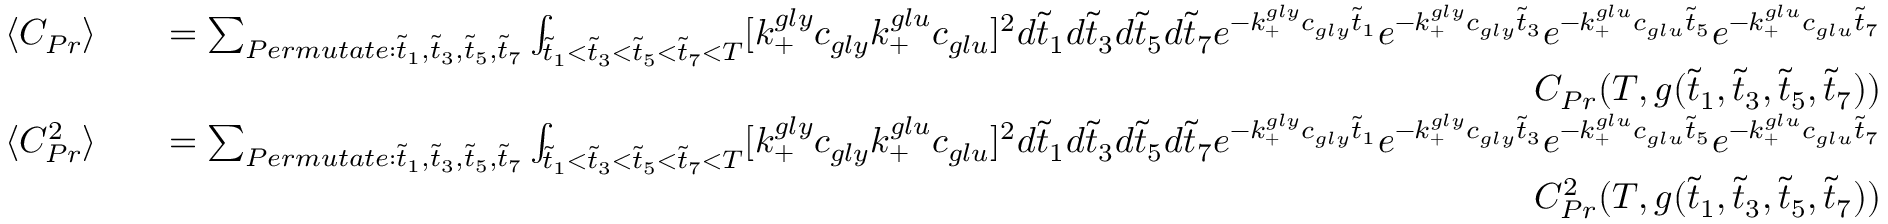
\begin{array} { r l r } { \langle C _ { P r } \rangle } & { } & { = \sum _ { P e r m u t a t e : \tilde { t } _ { 1 } , \tilde { t } _ { 3 } , \tilde { t } _ { 5 } , \tilde { t } _ { 7 } } \int _ { \tilde { t } _ { 1 } < \tilde { t } _ { 3 } < \tilde { t } _ { 5 } < \tilde { t } _ { 7 } < T } [ k _ { + } ^ { g l y } c _ { g l y } k _ { + } ^ { g l u } c _ { g l u } ] ^ { 2 } d \tilde { t } _ { 1 } d \tilde { t } _ { 3 } d \tilde { t } _ { 5 } d \tilde { t } _ { 7 } e ^ { - k _ { + } ^ { g l y } c _ { g l y } \tilde { t } _ { 1 } } e ^ { - k _ { + } ^ { g l y } c _ { g l y } \tilde { t } _ { 3 } } e ^ { - k _ { + } ^ { g l u } c _ { g l u } \tilde { t } _ { 5 } } e ^ { - k _ { + } ^ { g l u } c _ { g l u } \tilde { t } _ { 7 } } } \\ & { } & { C _ { P r } ( T , g ( \tilde { t } _ { 1 } , \tilde { t } _ { 3 } , \tilde { t } _ { 5 } , \tilde { t } _ { 7 } ) ) } \\ { \langle C _ { P r } ^ { 2 } \rangle } & { } & { = \sum _ { P e r m u t a t e : \tilde { t } _ { 1 } , \tilde { t } _ { 3 } , \tilde { t } _ { 5 } , \tilde { t } _ { 7 } } \int _ { \tilde { t } _ { 1 } < \tilde { t } _ { 3 } < \tilde { t } _ { 5 } < \tilde { t } _ { 7 } < T } [ k _ { + } ^ { g l y } c _ { g l y } k _ { + } ^ { g l u } c _ { g l u } ] ^ { 2 } d \tilde { t } _ { 1 } d \tilde { t } _ { 3 } d \tilde { t } _ { 5 } d \tilde { t } _ { 7 } e ^ { - k _ { + } ^ { g l y } c _ { g l y } \tilde { t } _ { 1 } } e ^ { - k _ { + } ^ { g l y } c _ { g l y } \tilde { t } _ { 3 } } e ^ { - k _ { + } ^ { g l u } c _ { g l u } \tilde { t } _ { 5 } } e ^ { - k _ { + } ^ { g l u } c _ { g l u } \tilde { t } _ { 7 } } } \\ & { } & { C _ { P r } ^ { 2 } ( T , g ( \tilde { t } _ { 1 } , \tilde { t } _ { 3 } , \tilde { t } _ { 5 } , \tilde { t } _ { 7 } ) ) } \end{array}